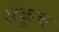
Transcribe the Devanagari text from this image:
संकूच